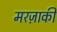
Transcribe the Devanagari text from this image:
मरज़ाकी